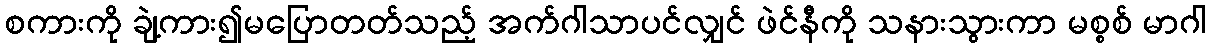
စကားကို ချဲ့ကား၍မပြောတတ်သည့် အက်ဂါသာပင်လျှင် ဖဲင်နီကို သနားသွားကာ မစ္စစ် မာဂါ